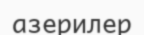
азерилер